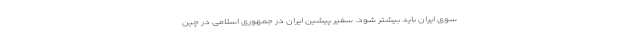
سوی ایران باید بیشتر شود. سفیر پیشین ایران در جمهوری اسلامی در چین